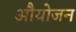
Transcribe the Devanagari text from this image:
औयोजन